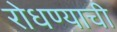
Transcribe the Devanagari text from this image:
रोधण्याची